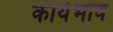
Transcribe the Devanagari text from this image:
कार्यभाव